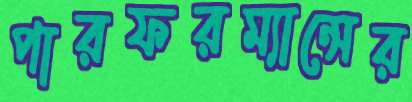
পারফরম্যান্সের